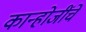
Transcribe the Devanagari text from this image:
कान्होजींचे